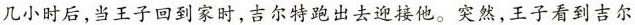
几小时后，当王子回到家时，吉尔特跑出去迎接他。突然，王子看到吉尔